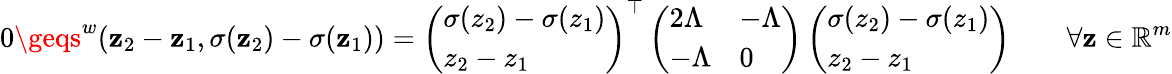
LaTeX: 0\geqs^{w}(\mathbf{z}_{2}-\mathbf{z}_{1},\sigma(\mathbf{z}_{2})-\sigma(\mathbf{z}_{1}))=\left(\begin{array}{l}{\sigma(z_{2})-\sigma(z_{1})}\\ {z_{2}-z_{1}}\end{array}\right)^{\top}\left(\begin{array}{ll}{2\Lambda}&{-\Lambda}\\ {-\Lambda}&{0}\end{array}\right)\left(\begin{array}{l}{\sigma(z_{2})-\sigma(z_{1})}\\ {z_{2}-z_{1}}\end{array}\right)\qquad\forall\mathbf{z}\in\mathbb{{R}}^{m}